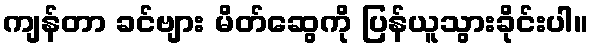
ကျန်တာ ခင်ဗျား မိတ်ဆွေကို ပြန်ယူသွားခိုင်းပါ။